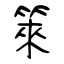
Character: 箂